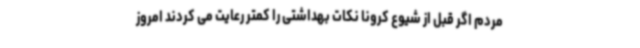
مردم اگر قبل از شیوع کرونا نکات بهداشتی را کمتر رعایت می کردند امروز